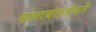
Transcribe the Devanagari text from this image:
सलाबतजंगने